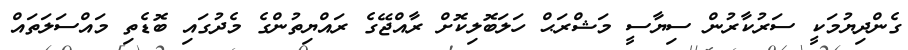
ގެންދިޔުމަކީ ސަރުކާރުން ސިޔާސީ މަޝްރަޙް ހަލަބޮލިކޮށް ރާއްޖޭގެ ރައްޔިތުންގެ މެދުގައި ބޮޑެތި މައްސަލަތައް